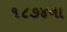
૧૮૭૪ના